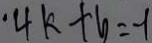
4 k + b = - 1